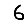
Digit: 6